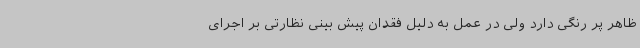
ظاهر پر رنگی دارد ولی در عمل به دلیل فقدان‌ پیش بینی نظارتی بر اجرای